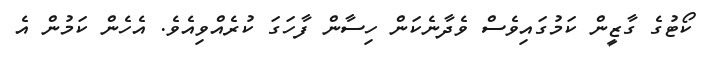
ކޯޓުގެ ގާޒީން ކަމުގައިވެސް ވެދާނެކަން ހިސާން ފާހަގަ ކުރެއްވިއެވެ. އެހެން ކަމުން އެ